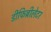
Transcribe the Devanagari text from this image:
डीफिब्रीलेटर